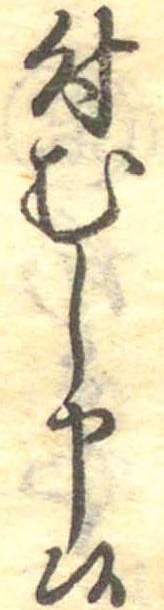
付むし申候